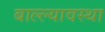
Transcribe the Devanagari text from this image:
बाल्ल्यावस्था